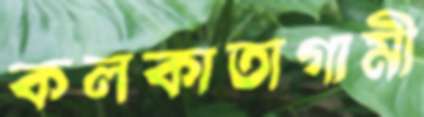
কলকাতাগামী